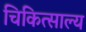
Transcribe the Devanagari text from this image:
चिकित्साल्य